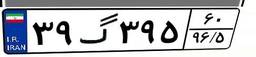
۷۹گ۲۵۰۳۱